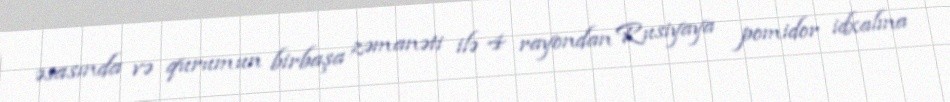
əsasında və qurumun birbaşa zəmanəti ilə 4 rayondan Rusiyaya pomidor idxalına